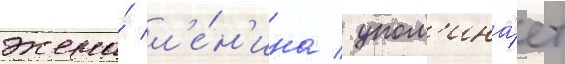
жена́ л'е́н'ина / упом'ина́ет